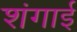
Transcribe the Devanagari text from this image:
शंगाई